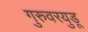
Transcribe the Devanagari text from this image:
गुरुवरयुडू